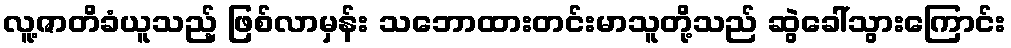
လူ့ဇာတိခံယူသည့် ဖြစ်လာမှန်း သဘောထားတင်းမာသူတို့သည် ဆွဲခေါ်သွားကြောင်း